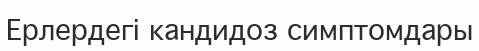
Ерлердегі кандидоз симптомдары